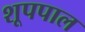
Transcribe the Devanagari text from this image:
शूपपाल